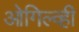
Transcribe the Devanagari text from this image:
ओगिल्व्ही